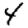
Digit: 4